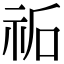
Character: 𮁩